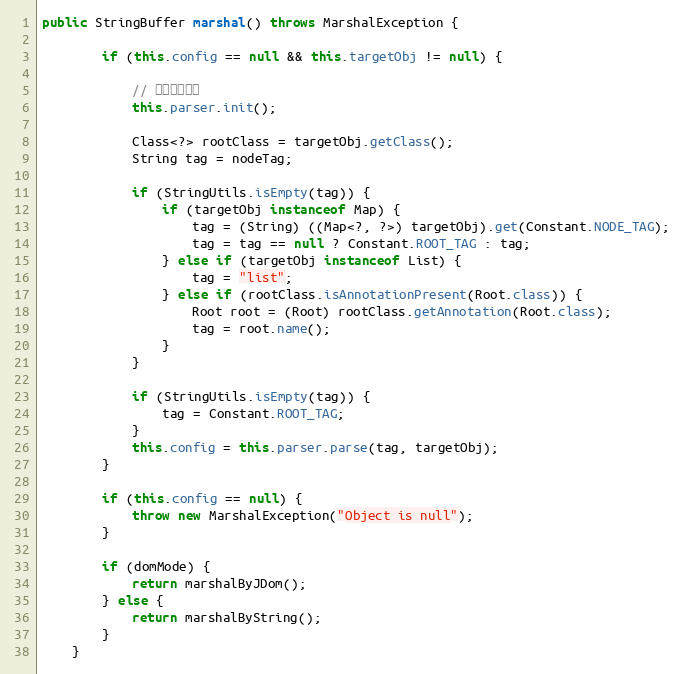
Language: Java
public StringBuffer marshal() throws MarshalException {

		if (this.config == null && this.targetObj != null) {

			// 初始化解析器
			this.parser.init();

			Class<?> rootClass = targetObj.getClass();
			String tag = nodeTag;

			if (StringUtils.isEmpty(tag)) {
				if (targetObj instanceof Map) {
					tag = (String) ((Map<?, ?>) targetObj).get(Constant.NODE_TAG);
					tag = tag == null ? Constant.ROOT_TAG : tag;
				} else if (targetObj instanceof List) {
					tag = "list";
				} else if (rootClass.isAnnotationPresent(Root.class)) {
					Root root = (Root) rootClass.getAnnotation(Root.class);
					tag = root.name();
				}
			}

			if (StringUtils.isEmpty(tag)) {
				tag = Constant.ROOT_TAG;
			}
			this.config = this.parser.parse(tag, targetObj);
		}

		if (this.config == null) {
			throw new MarshalException("Object is null");
		}

		if (domMode) {
			return marshalByJDom();
		} else {
			return marshalByString();
		}
	}